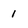
Character: i